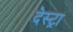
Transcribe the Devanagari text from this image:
देस्ट्रा